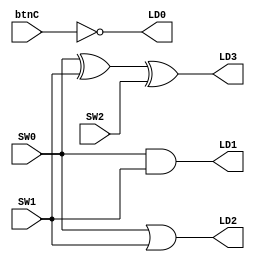
`timescale 1ns / 1ps
//////////////////////////////////////////////////////////////////////////////////
// Company: 
// Engineer: 
// 
// Design Name: 
// Module Name: Lab_1_Part_2
// Project Name: 
// Target Devices: 
// Tool Versions: 
// Description: 
// 
// Dependencies: 
// 
// Revision:
// Revision 0.01 - File Created
// Additional Comments:
// 
//////////////////////////////////////////////////////////////////////////////////


module Lab_1_Part_2(
//button and switch input declarations
    input btnC,
    input SW0,
    input SW1,
    input SW2,
//LED output declarations
    output LD0,
    output LD1,
    output LD2,
    output LD3
    );
    
//    the NOT of pushbutton C output to LD0
    assign LD0 = ~btnC;
    
//    the AND of switch SW0 and SW1 output to LD1
    assign LD1 = SW0 & SW1;
    
//    the OR of switch SW0 and SW1 output to LD2
    assign LD2 = SW0 | SW1;
    
//    the XOR of switches SW0, SW1, and SW2
    assign LD3 = SW0^SW1^SW2;

endmodule